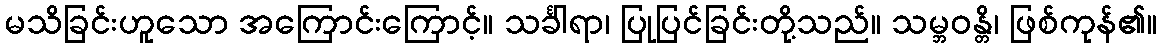
မသိခြင်းဟူသော အကြောင်းကြောင့်။ သင်္ခါရာ၊ ပြုပြင်ခြင်းတို့သည်။ သမ္ဘဝန္တိ၊ ဖြစ်ကုန်၏။